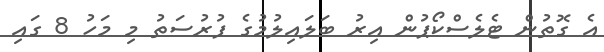
އެ ގޮތުން ޓެލެސްކޯޕުން އިރު ބަލައިލުމުގެ ފުރުސަތު މި މަހު 8 ގައި